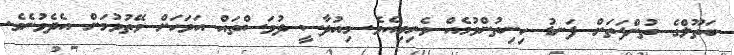
ބަތޫލްގެ ތުންފަތަށް ފަނޑު ހިނިތުންވުމެއް ވެރިވިއެވެ. މިއުދާސީ ދުވަސްތައް އަވަހަށް ވޭތުވުމަށް އެދެވުނެވެ.